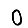
Digit: 0